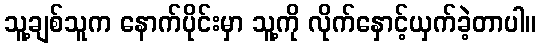
သူ့ချစ်သူက နောက်ပိုင်းမှာ သူ့ကို လိုက်နှောင့်ယှက်ခဲ့တာပါ။